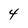
Character: 4